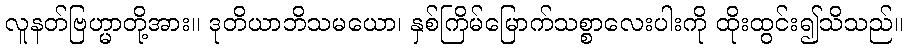
လူနတ်ဗြဟ္မာတို့အား။ ဒုတိယာဘိသမယော၊ နှစ်ကြိမ်မြောက်သစ္စာလေးပါးကို ထိုးထွင်း၍သိသည်။